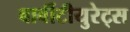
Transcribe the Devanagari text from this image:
बार्बीटीयुरेट्स